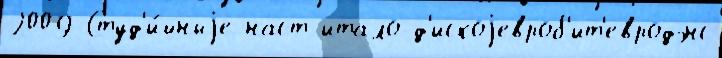
2009 Студ'и́йныjе наст итало-д'искоjевроб'ит'евродэнс